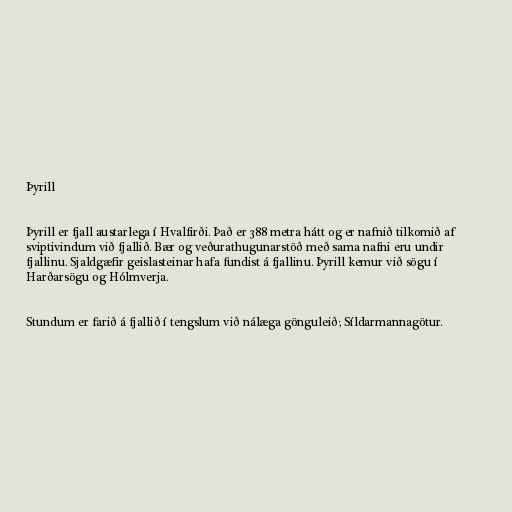
Þyrill

Þyrill er fjall austarlega í Hvalfirði. Það er 388 metra hátt og er nafnið tilkomið af
sviptivindum við fjallið. Bær og veðurathugunarstöð með sama nafni eru undir
fjallinu. Sjaldgæfir geislasteinar hafa fundist á fjallinu. Þyrill kemur við sögu í
Harðarsögu og Hólmverja.

Stundum er farið á fjallið í tengslum við nálæga gönguleið; Síldarmannagötur.